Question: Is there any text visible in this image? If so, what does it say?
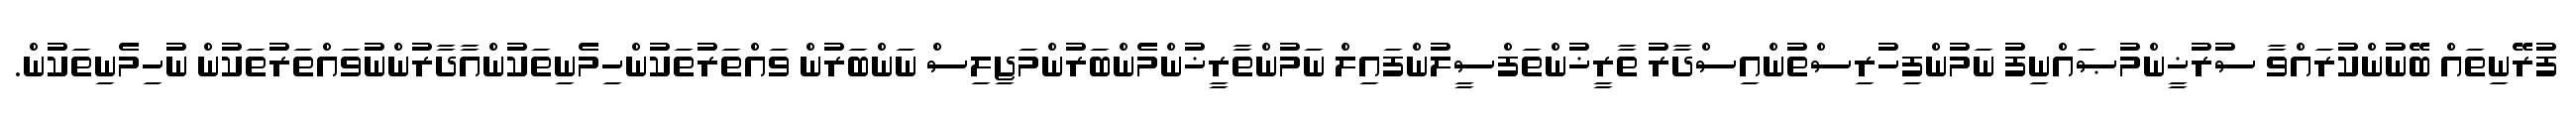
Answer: ފުރޭނިތައް ބޭނުންކުރައްވާ ސުރުޚީންމުޞައްނިފު ނަމުންފިހުރިސްތުންއިސްދާރު ތާރީޚުންތަފްސީލުންފައިލް ނަމުންތާރީޚުންމެންބަރުންމަޖިލިސް ނަންބަރުން ވައްތަރުތަކުންހިމެނިތަކުންއާދާރުންނުވައްތަރުތަކުން ނުހިމެނިތަކުން.